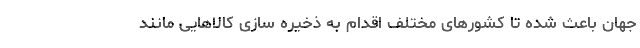
جهان باعث شده تا کشورهای مختلف اقدام به ذخیره سازی کالاهایی مانند